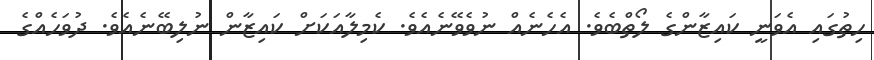
ހިތުގައި އެވަނީ ކައިޒާންގެ ލޯތްބެވެ. އެހެނެއް ނުވެވޭނެއެވެ. ކެމިލާއަކަށް ކައިޒާން ނުލިބޭނެއެވެ. ދުވަހެއްގެ